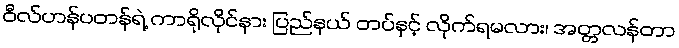
ဝီလ်ဟန်ပတန်ရဲ့ ကာရိုလိုင်နား ပြည်နယ် တပ်နှင့် လိုက်ရမလား၊ အတ္တလန်တာ